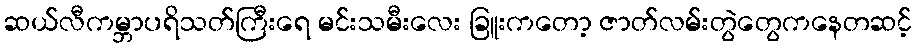
ဆယ်လီကမ္ဘာပရိသတ်ကြီးရေ မင်းသမီးလေး ခြူးကတော့ ဇာတ်လမ်းတွဲတွေကနေတဆင့်